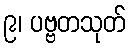
၉၊ ပဗ္ဗတသုတ်